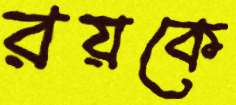
রয়কে